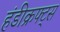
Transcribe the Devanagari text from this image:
हंडीक्रफ्ट्स